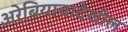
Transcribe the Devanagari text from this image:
अरेबियाचादेखील